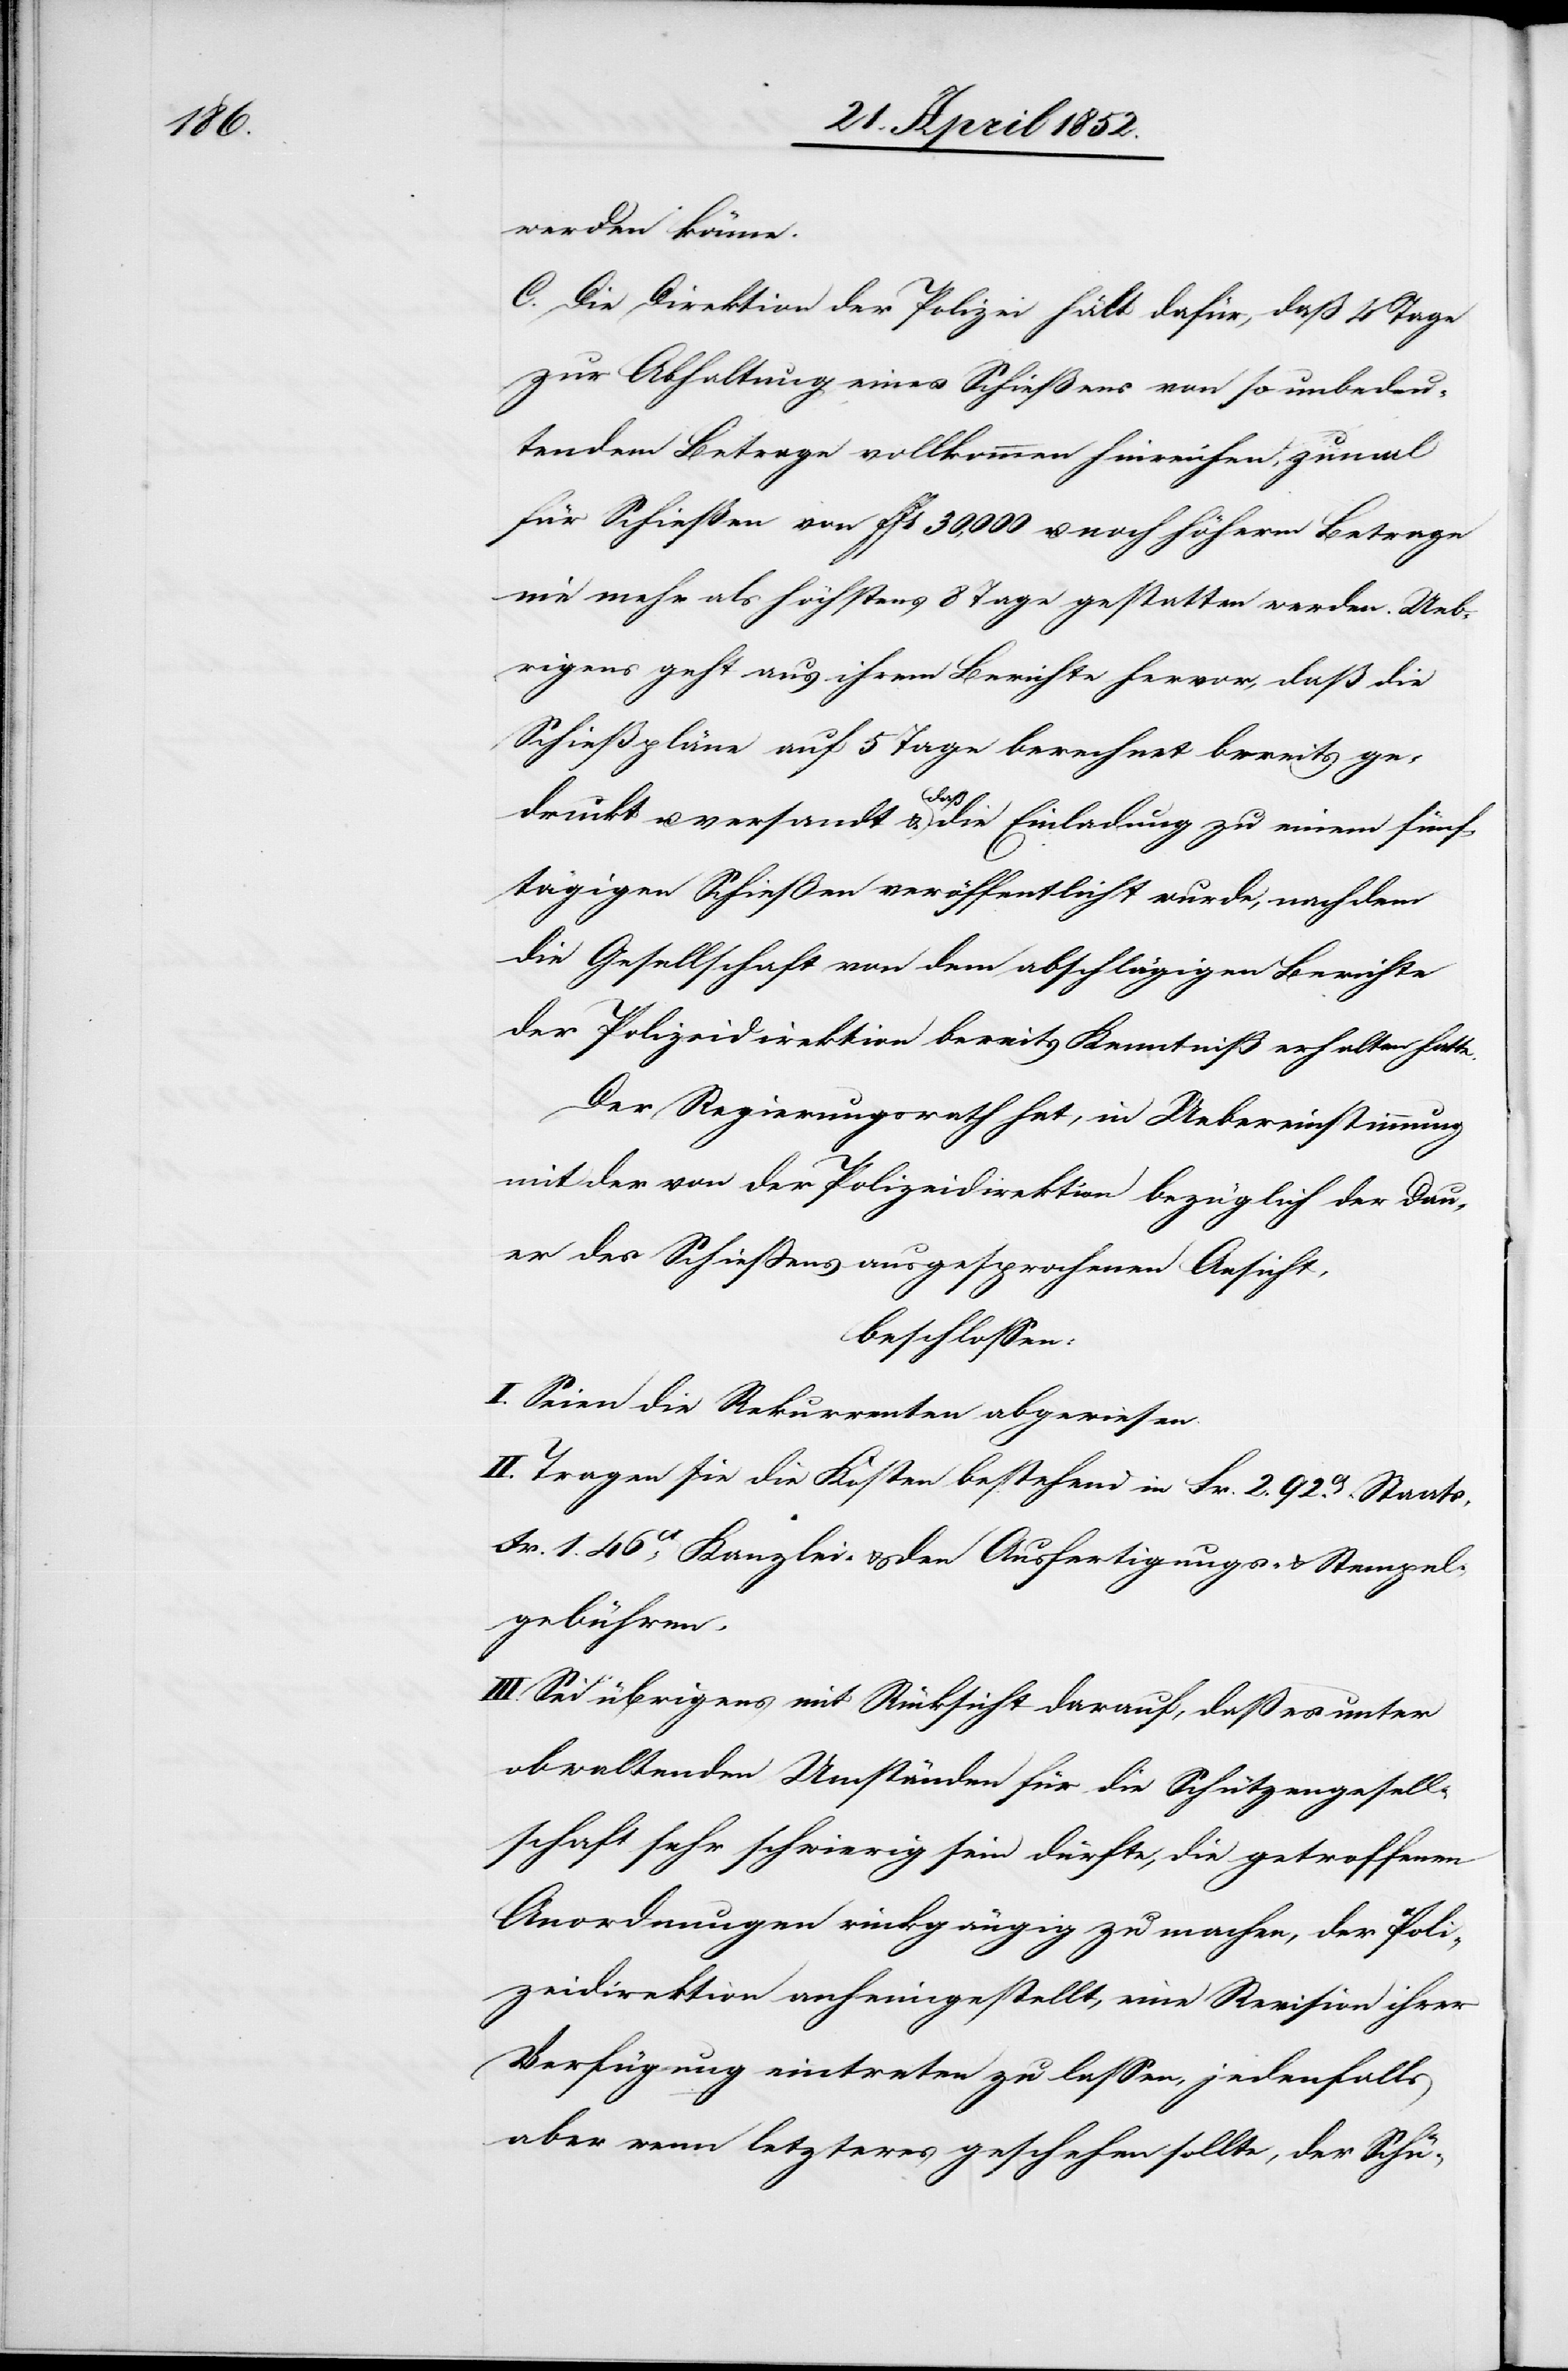
werden könne.
C. Die Direktion der Polizei hält dafür, daß 4 Tage
zur Abhaltung eines Schießens von so unbedeu¬
tendem Betrage vollkommen hinreichen, zumal
für Schießen von ffs 30,000. u. noch höherm Betrage
nie mehr als höchstens 8 Tage gestatten werden. Ueb¬
rigens geht aus ihrem Berichte hervor, daß die
Schießpläne auf 5 Tage berechnet bereits ge¬
druckt u. versandt & daß die Einladung zu einem fünf¬
tägigen Schießen veröffentlicht wurde, nachdem
die Gesellschaft von dem abschlägigen Berichte
der Polizeidirektion bereits Kenntniß erhalten hatte.
Der Regierungsrath hat, in Uebereinstimmung
mit der von der Polizeidirektion bezüglich der Dau¬
er des Schiessens ausgesprochenen Ansicht,
beschlossen:
I. Seien die Rekurrenten abgewiesen.
II. Tragen sie die Kosten bestehend in Fr. 2. 92ct. Staats-[,]
Fr. 1. 46ct Kanzlei- & den Ausfertigungs- & Stempel¬
gebühren.
III. Sei übrigens mit Rücksicht darauf, daß es unter
obwaltenden Umständen für die Schützengesell¬
schaft sehr schwierig sein dürfte, die getroffenen
Anordnungen rückgängig zu machen, der Poli¬
zeidirektion anheimgestellt, eine Revision ihrer
Verfügung eintreten zu lassen, jedenfalls
aber wenn letzteres geschehen sollte, der Schü-